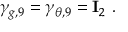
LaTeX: \gamma _ { g , 9 } = \gamma _ { \theta , 9 } = { \bf I } _ { 2 } ~ .